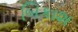
બિકાશ